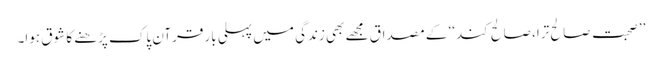
’’صحبت صالح ترا، صالح کند‘‘ کے مصداق مجھے بھی زندگی میں پہلی بار قرآن پاک پڑھنے کا شوق ہوا۔